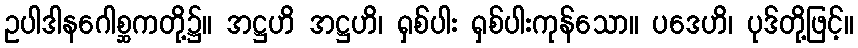
ဥပါဒါနဂေါစ္ဆကတို့၌။ အဋ္ဌဟိ အဋ္ဌဟိ၊ ရှစ်ပါး ရှစ်ပါးကုန်သော။ ပဒေဟိ၊ ပုဒ်တို့ဖြင့်။